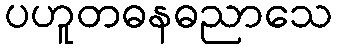
ပဟူတဓနဓညာသေ